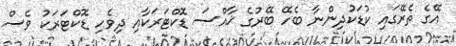
އޭގެ ތެރޭގައި ކުޑަކުދިންނާ ބެހޭ ބޭރުގެ ޚާއްސަ ޑޮކްޓަރަކާއި ދިވެހި ޑޮކްޓަރަކު ވެސް